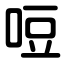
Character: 哣